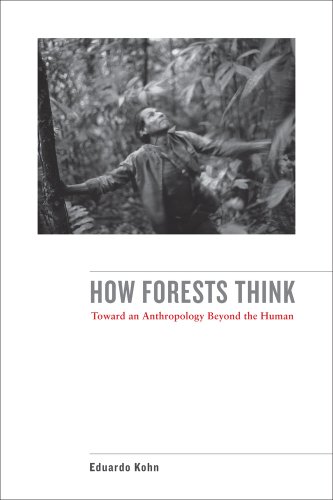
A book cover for How Forests Think: Toward an Anthropology Beyond the Human; Eduardo Kohn; Science & Math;